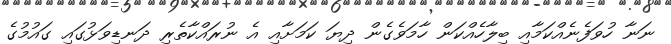
ނަނާ ހުވަފެނެއްކަމާއި ބިލާހެއްކަން ހާމަވެގެން ދިޔަ ކަމަށާއި އެ ނުރައްކާތެރި ދަނޑިވަޅުގައި ގައުމުގެ